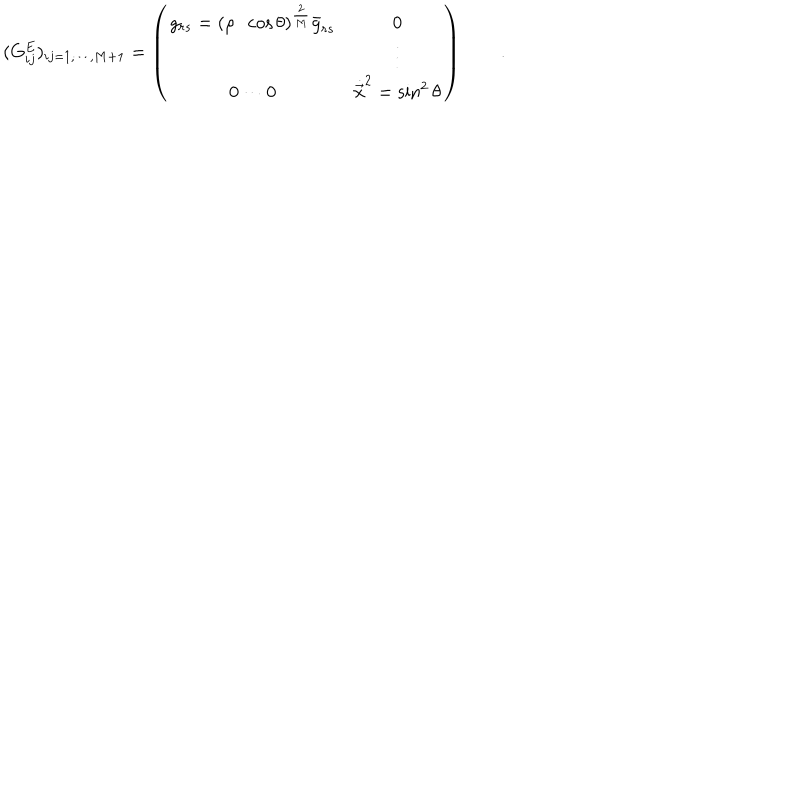
( G _ { i j } ^ { E } ) _ { i j = 1 , \cdots , M + 1 } = \left( \begin{array} { c c } { { \displaystyle g _ { r s } = ( \rho \cdot \cos \theta ) ^ { \frac { 2 } { M } } { \bar { g } } _ { r s } } } & { { \displaystyle 0 } } \\ { { } } & { { \vdots } } \\ { { 0 \cdots 0 } } & { { { \dot { \vec { x } } } ^ { 2 } = \sin ^ { 2 } \theta } } \\ \end{array} \right) \qquad .